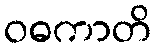
ဝဓကာတိ